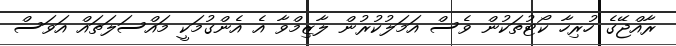
ރާއްޖޭގެ ހުރިހާ ކޯޓުތަކުން ވެސް އަމަލުކުރުން ލާޒިމްވާ އެ އެންގުމަކީ މައްސަލަތައް އަވަސް